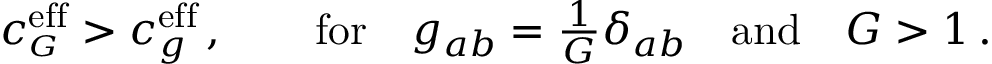
c _ { \scriptscriptstyle G } ^ { \mathrm { e f f } } > c _ { g } ^ { \mathrm { e f f } } \, , \qquad \mathrm { f o r } \quad g _ { a b } = { \textstyle \frac { 1 } { G } } \delta _ { a b } \quad \mathrm { a n d } \quad G > 1 \, .